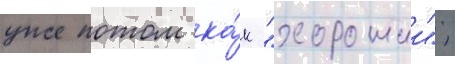
уже потом ка́к "хорошии";